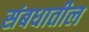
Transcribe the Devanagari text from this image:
संबधातील